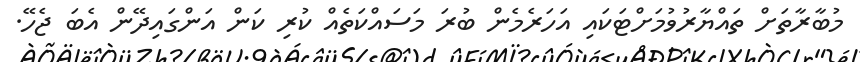
މުބާރާތަށް ތައްޔާރުވުމަށްޓަކައި އަހަރެމެން ބުރަ މަސައްކަތެއް ކުރި ކަން އަންގައިދޭން އެބަ ޖެހޭ.